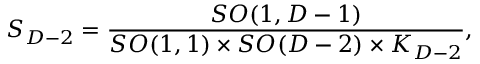
S _ { D - 2 } = { \frac { S O ( 1 , D - 1 ) } { S O ( 1 , 1 ) \times S O ( D - 2 ) \times K _ { D - 2 } } } ,